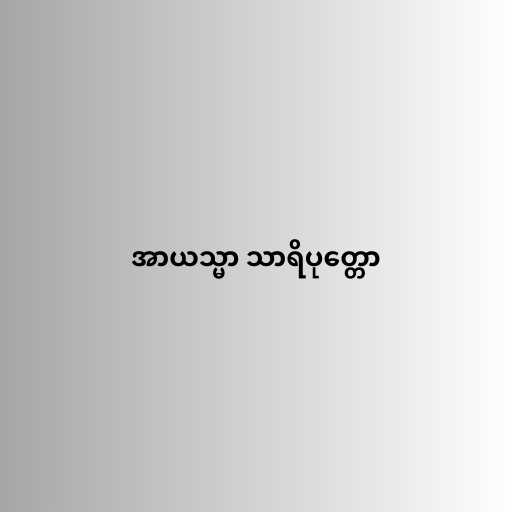
အာယသ္မာ သာရိပုတ္တော